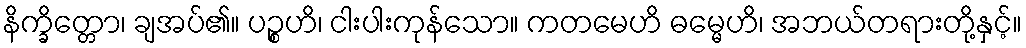
နိက္ခိတ္တော၊ ချအပ်၏။ ပဉ္စဟိ၊ ငါးပါးကုန်သော။ ကတမေဟိ ဓမ္မေဟိ၊ အဘယ်တရားတို့နှင့်။